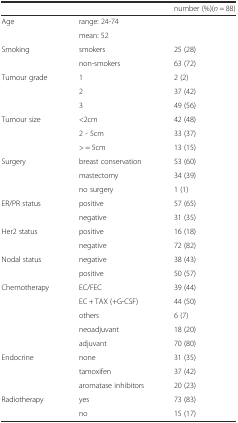
|  |  | number (%)(n = 88) |
 | --- | --- | --- |
 | Age | range: 24-74 |  |
 |  | mean: 52 |  |
 | Smoking | smokers | 25 (28) |
 |  | non-smokers | 63 (72) |
 | Tumour grade | 1 | 2 (2) |
 |  | 2 | 37 (42) |
 |  | 3 | 49 (56) |
 | Tumour size | <2cm | 42 (48) |
 |  | 2 - 5cm | 33 (37) |
 |  | > = 5cm | 13 (15) |
 | Surgery | breast conservation | 53 (60) |
 |  | mastectomy | 34 (39) |
 |  | no surgery | 1 (1) |
 | ER/PR status | positive | 57 (65) |
 |  | negative | 31 (35) |
 | Her2 status | positive | 16 (18) |
 |  | negative | 72 (82) |
 | Nodal status | negative | 38 (43) |
 |  | positive | 50 (57) |
 | <ROWSPAN=5> Chemotherapy | EC/FEC | 39 (44) |
 | EC + TAX (+G-CSF) | 44 (50) |
 | others | 6 (7) |
 | neoadjuvant | 18 (20) |
 | adjuvant | 70 (80) |
 | Endocrine | none | 31 (35) |
 |  | tamoxifen | 37 (42) |
 |  | aromatase inhibitors | 20 (23) |
 | Radiotherapy | yes | 73 (83) |
 |  | no | 15 (17) |